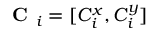
\textbf { C } _ { i } = [ C _ { i } ^ { x } , C _ { i } ^ { y } ]